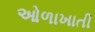
ઓળાખાતી